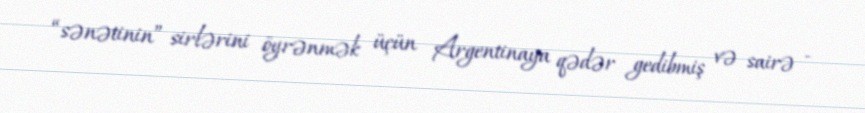
“sənətinin” sirlərini öyrənmək üçün Argentinaya qədər gedibmiş və sairə -